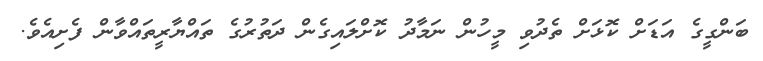
ބަންގީގެ އަޑަށް ކޮޅަށް ތެދުވި މީހުން ނަމާދު ކޮށްލައިގެން ދަތުރުގެ ތައްޔާރީތައްވާން ފެށިއެވެ.